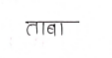
मजकूर: ताबा